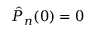
\hat { P } _ { n } ( 0 ) = 0